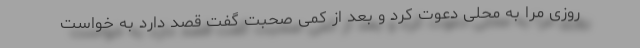
روزی مرا به محلی دعوت کرد و بعد از کمی صحبت گفت قصد دارد به خواست